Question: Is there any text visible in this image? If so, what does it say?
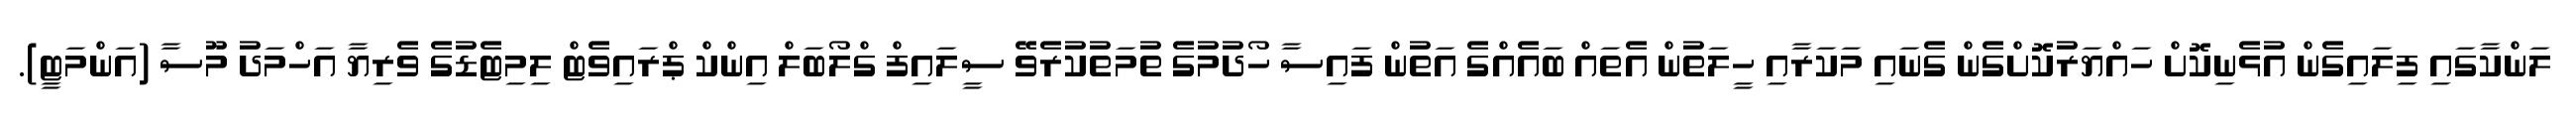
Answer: ލަންކާގައި ފިލައިގެން އުޅެނިކޮށް ހައްޔަރުކޮށްގެން ގެނައި މަކަރާއި ހީލަތުން އެތައް ބައެއްގެ އަތުން ފައިސާ ހޯދުމުގެ ތުމަތުކުރެވޭ ސީލައިފް ގްލޯބަލް އިންކް ޕްރައިވެޓް ލިމިޓެޑުގެ ވެރިޔާ އަހްމަދު މޫސާ (އަންމަޓީ).